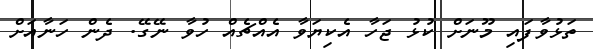
ތަޅުވާފައި މޫނަށް ކުޅު ޖަހާ އެކިޔަވާ އެއްޗެއް ހުވާ ނޭގޭ. ދެން ހަނާއަށް